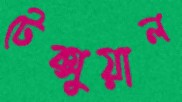
টেক্সুয়াল